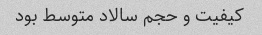
کیفیت و حجم سالاد متوسط بود